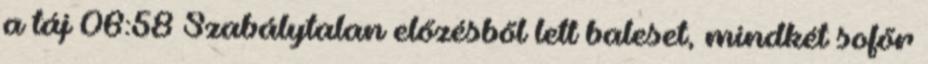
a táj 06:58 Szabálytalan előzésből lett baleset, mindkét sofőr